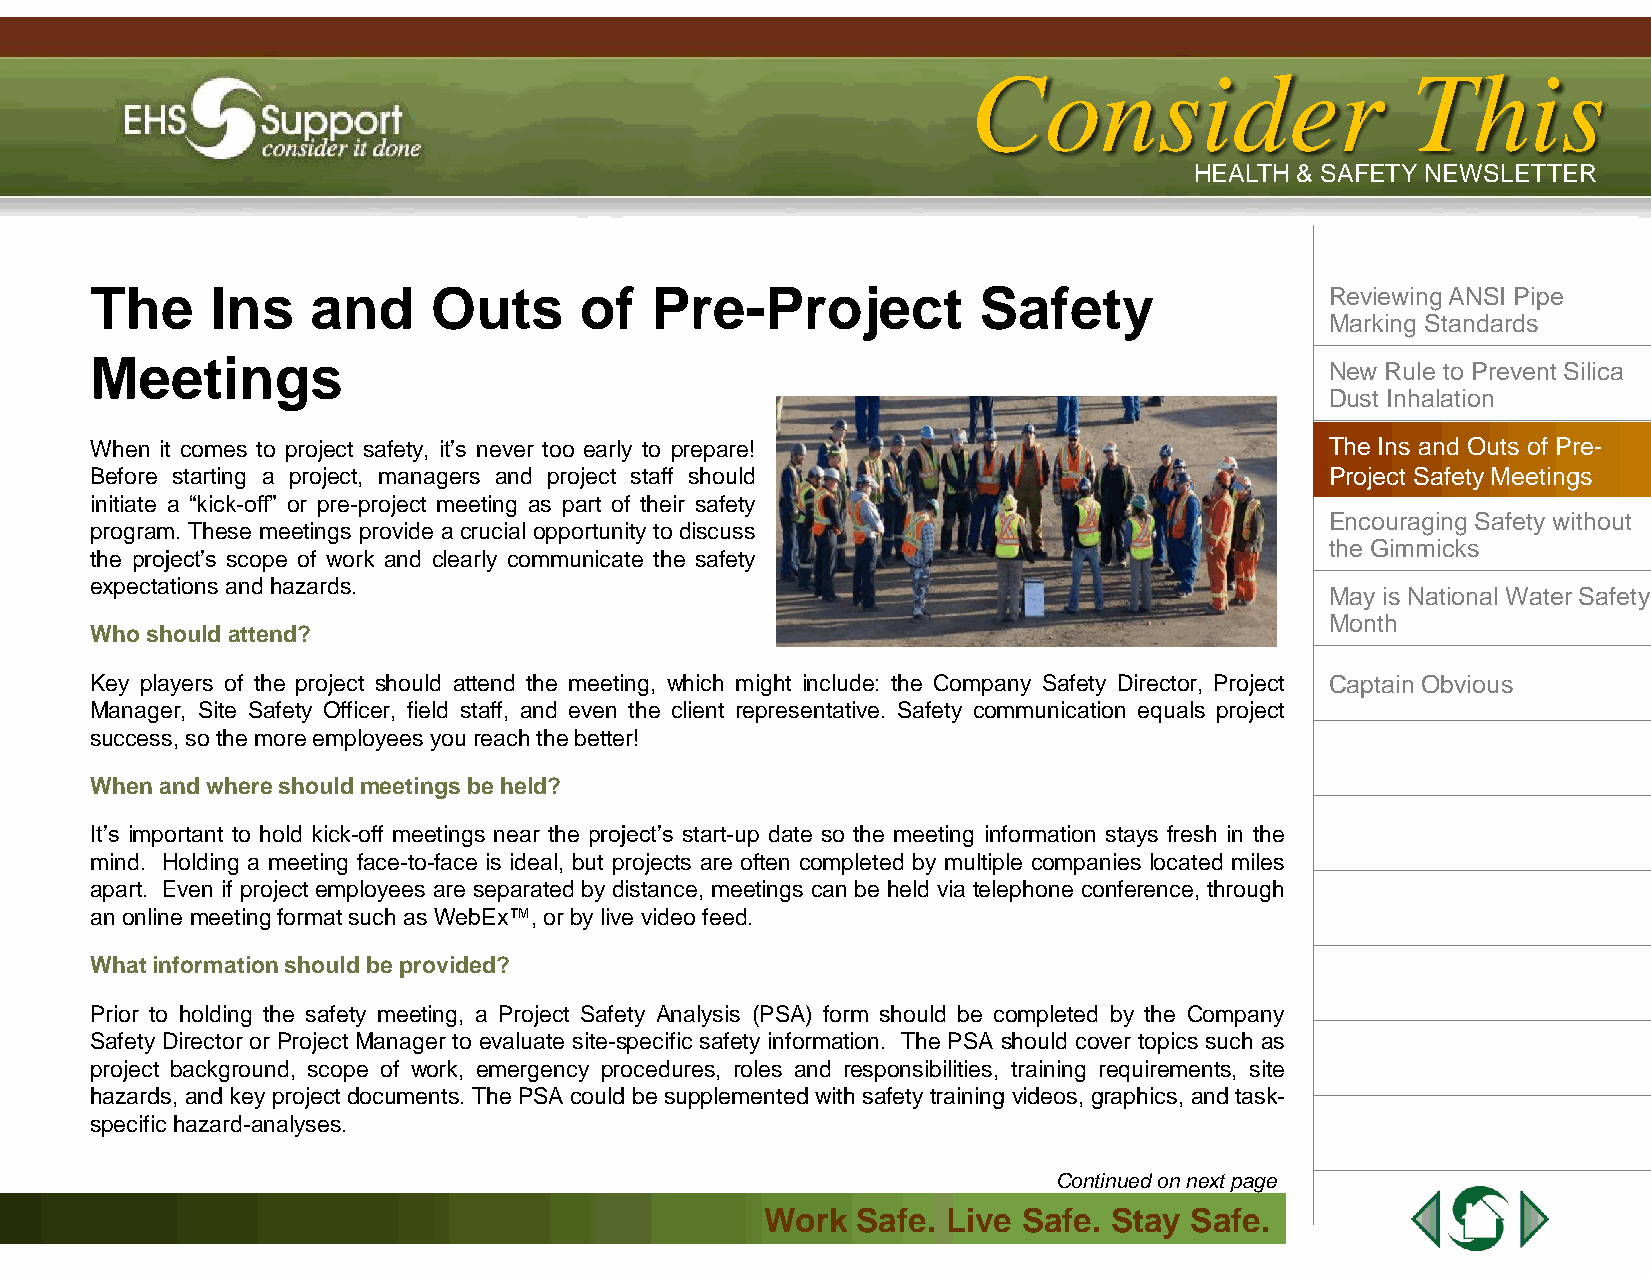
IIssssuuee 44 || AApprriill 22001133
 CCoonnssiiddeerr             TThhiiss
 HHEEAALLTTHH && SSAAFFEETTYY NNEEWWSSLLEETTTTEERR
 The     Ins    and     Outs     of   Pre-Project           Safety                 Reviewing ANSI Pipe
 Marking Standards
 Meetings
 New Rule to Prevent Silica
 Dust Inhalation
 When it comes to project safety, it’s never too early to prepare!                 The Ins and Outs of Pre-
 Before starting a project, managers and project staff should                      Project Safety Meetings
 initiate a “kick-off” or pre-project meeting as part of their safety
 Encouraging Safety without
 program. These meetings provide a crucial opportunityto discuss
 the Gimmicks
 the project’s scope of work and clearly communicate the safety
 expectations andhazards.
 May is National Water Safety
 Month
 Whoshould attend?
 Key players of the project should attend the meeting, which might include: the Company Safety Director, Project Captain Obvious
 Manager, Site Safety Officer, field staff, and even the client representative. Safety communication equals project
 success,sothemoreemployees you reachthebetter!
 Whenand whereshouldmeetingsbe held?
 It’s important to hold kick-off meetings near the project’s start-up date so the meeting information stays fresh in the
 mind. Holding a meeting face-to-face is ideal, but projects are often completed by multiple companies located miles
 apart. Even if project employees are separated by distance, meetings can be held via telephone conference, through
 anonline meetingformatsuchasWebEx™,or bylive video feed.
 Whatinformationshouldbeprovided?
 Prior to holding the safety meeting, a Project Safety Analysis (PSA) form should be completed by the Company
 Safety Director or Project Manager to evaluate site-specific safety information. The PSA should cover topics such as
 project background, scope of work, emergency procedures, roles and responsibilities, training requirements, site
 hazards, andkey project documents. The PSA could be supplemented with safety training videos, graphics, andtask-
 specifichazard-analyses.
 Continued on next page
 WWoorrkk SSaaffee.. LLiivvee SSaaffee.. SSttaayy SSaaffee..